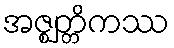
အဇ္ဈတ္တိကဿ